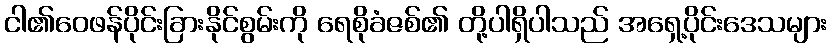
ငါ၏ဝေဖန်ပိုင်းခြားနိုင်စွမ်းကို ရေစိုခံဇစ်၏ တို့ပါရှိပါသည် အရှေ့ပိုင်းဒေသများ